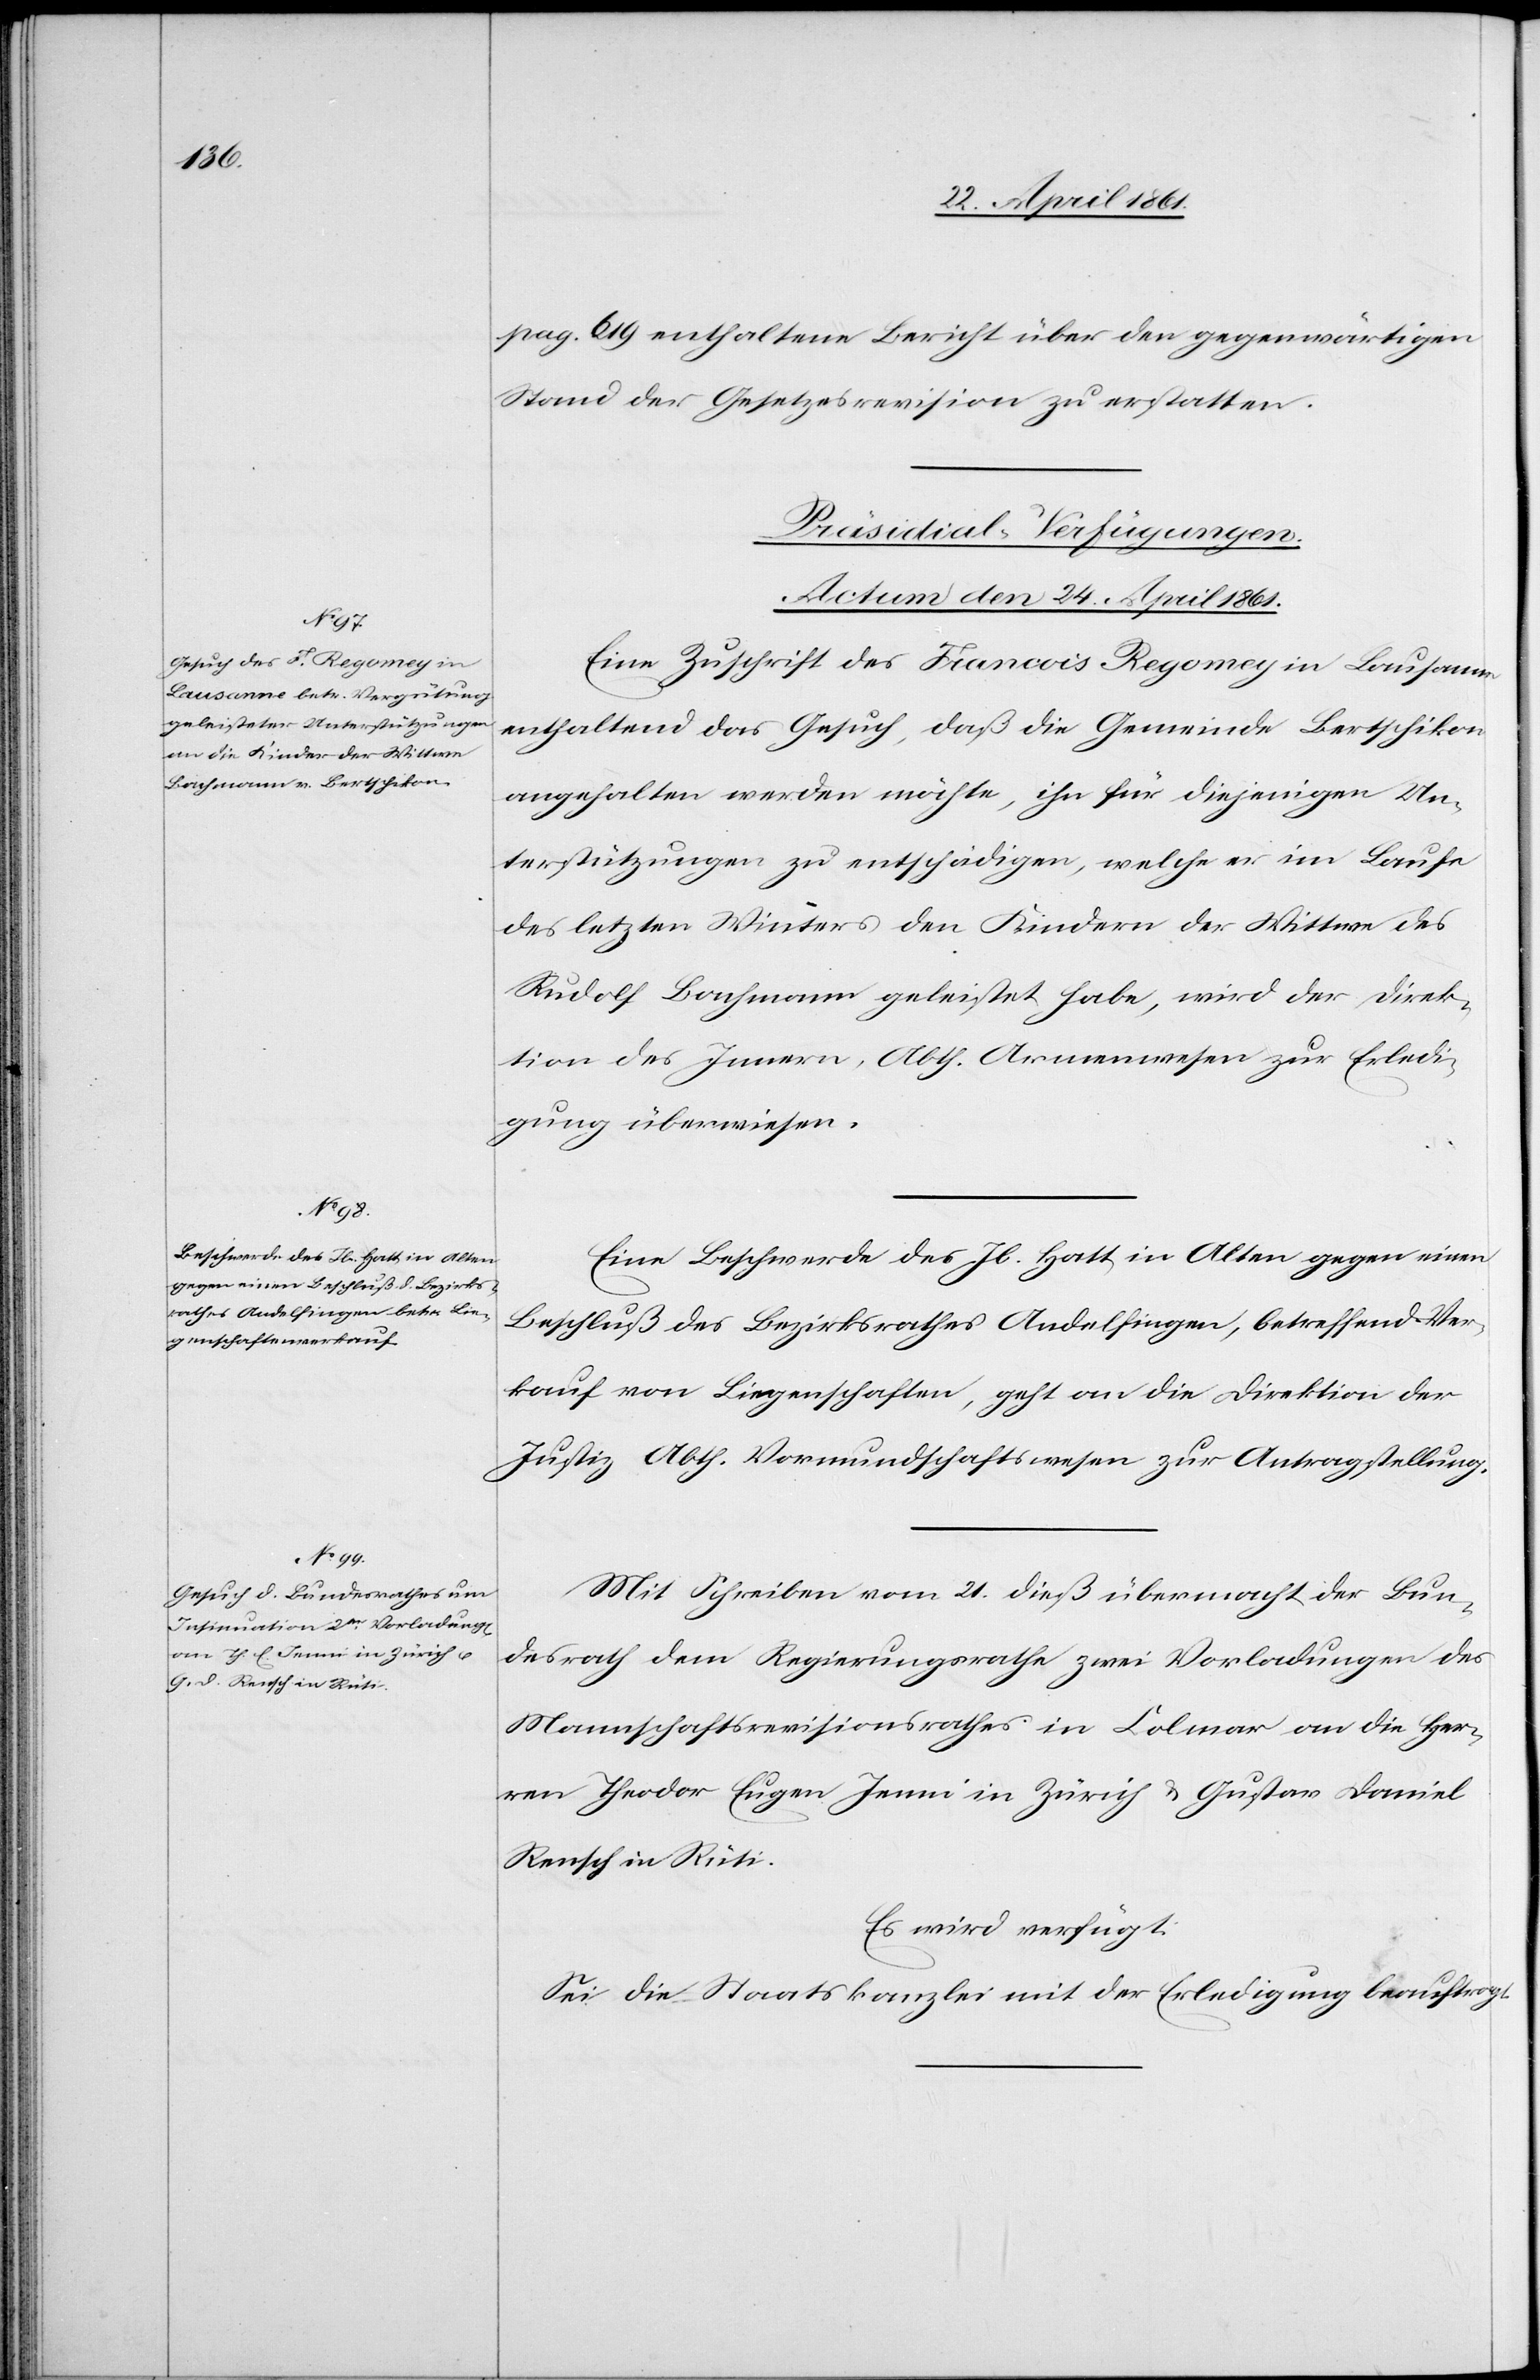
pag. 619 enthaltene Bericht über den gegenwärtigen
Stand der Gesetzesrevision zu erstatten.
[Präsidial-Verfügungen.
Actum den 24. April 1861.]
Eine Zuschrift des Francois Regomey in Lausanne
enthaltend das Gesuch, daß die Gemeinde Bertschikon
angehalten werden möchte, ihn für diejenigen Un¬
terstützungen zu entschädigen, welche er im Laufe
des letzten Winters den Kindern der Wittwe des
Rudolf Bachmann geleistet habe, wird der Direk¬
tion des Innern, Abth. Armenwesen zur Erledi¬
gung überwiesen.
Eine Beschwerde des Jb. Hatt in Alten gegen einen
Beschluß des Bezirksrathes Andelfingen, betreffend Ver¬
kauf von Liegenschaften, geht an die Direktion der
Justiz, Abth. Vormundschaftswesen zur Antragstellung.
Mit Schreiben vom 21. dieß übermacht der Bun¬
desrath dem Regierungsrathe zwei Vorladungen des
Mannschaftsrevisionsrathes in Colmar an die Her¬
ren Theodor Eugen Jenni in Zürich u. Gustav Daniel
Rensch in Rüti.
Es wird verfügt:
Sei die Staatskanzlei mit der Erledigung beauftragt.